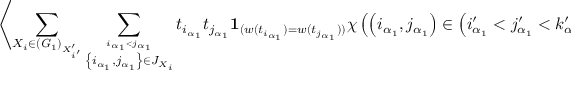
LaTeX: \left\langle \sum _ { X _ { i } \in ( { \it G } _ { 1 } ) _ { X _ { i ^ { \prime } } ^ { \prime } } } \sum _ { \stackrel { i _ { \alpha _ { 1 } } < j _ { \alpha _ { 1 } } } { \left\{ i _ { \alpha _ { 1 } } , j _ { \alpha _ { 1 } } \right\} \in J _ { X _ { i } } } } t _ { i _ { \alpha _ { 1 } } } t _ { j _ { \alpha _ { 1 } } } { \bf 1 } _ { ( w ( t _ { i _ { \alpha _ { 1 } } } ) = w ( t _ { j _ { \alpha _ { 1 } } } ) ) } \chi \left( \left( i _ { \alpha _ { 1 } } , j _ { \alpha _ { 1 } } \right) \in \left( i _ { \alpha _ { 1 } } ^ { \prime } < j _ { \alpha _ { 1 } } ^ { \prime } < k _ { \alpha _ { 1 } } ^ { \prime } \right) \right) \right\rangle _ { w ^ { \prime } } ^ { l . c . } = 0